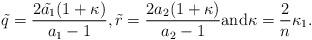
LaTeX: \begin{align*}\tilde{q}=\frac{2\tilde{a_1}(1+\kappa)}{a_1-1}, \tilde{r}=\frac{2a_2(1+\kappa)}{a_2-1} \mbox{and} \kappa=\frac{2}{n}\kappa_1.\end{align*}